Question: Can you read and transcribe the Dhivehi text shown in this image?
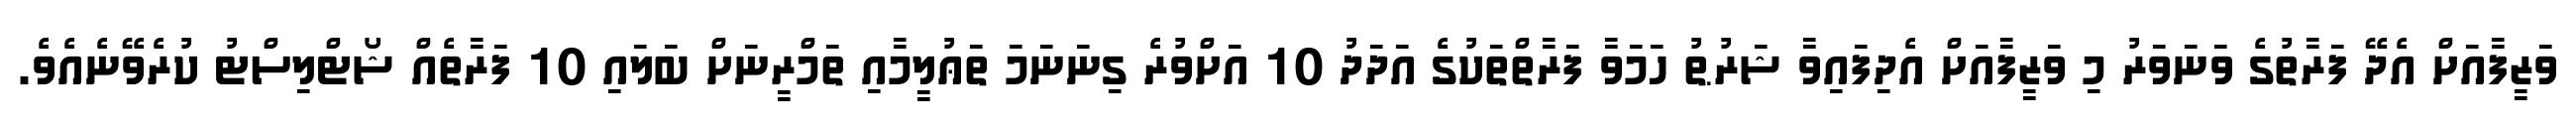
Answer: ވަޒީފާއަށް އެދޭ ފަރާތުގެ ވަނަވަރު މި ވަޒީފާއަށް އެދިފައިވާ ޝަރުޠު ހަމަވާ ފަރާތްތަކުގެ އަދަދު 10 އަށްވުރެ ގިނަނަމަ ތަޢުލީމާއި ތަމްރީނަށް ބަލައި 10 ފަރާތެއް ޝޯޓްލިސްޓު ކުރެވޭނެއެވެ.